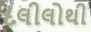
દલીલોથી